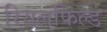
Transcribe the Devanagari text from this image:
रियलफिल्ड